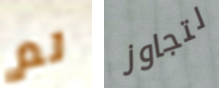
لم لتجاوز